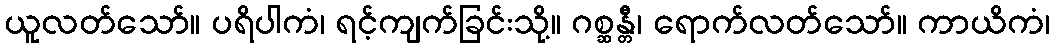
ယူလတ်သော်။ ပရိပါကံ၊ ရင့်ကျက်ခြင်းသို့။ ဂစ္ဆန္တီ၊ ရောက်လတ်သော်။ ကာယိကံ၊